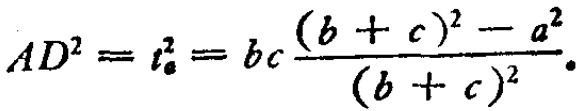
\[AD^{2}=t_{a}^{2}=bc\frac{(b + c)^{2}-a^{2}}{(b + c)^{2}}.\]